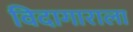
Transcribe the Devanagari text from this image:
विदागाराला